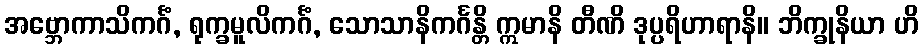
အဗ္ဘောကာသိကင်္ဂံ, ရုက္ခမူလိကင်္ဂံ, သောသာနိကင်္ဂန္တိ ဣမာနိ တီဏိ ဒုပ္ပရိဟာရာနိ။ ဘိက္ခုနိယာ ဟိ